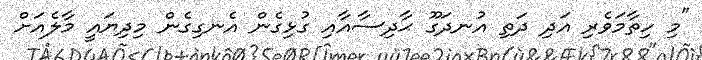
"މި ހިތާމަވެރި އަދި ދަތި އުނދަގޫ ޙާދިސާއާއި ގުޅިގެން އެނގިގެން މިދިޔައީ މާލެއަށް